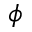
\phi